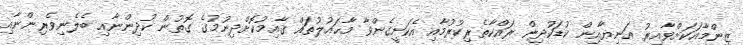
ޒިންމާއަކަށްވާއިރު އަނިޔާއިން ކުޑަކުދިން ރައްކާތެރިކުރުމާއި އެކަށީގެންވާ މާޙައުލުތައް ޤާއިމުކޮށްދިނުމުގެ ގޮތުން ކުދިންނާއި ބެލެނިވެރިންނާއި